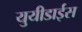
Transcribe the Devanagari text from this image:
युयीडाईस